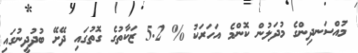
މުއްސަނދިންގެ މުދަލުން ކޮންމެ އަހަރަކު % 5.2 ޒަކާތުގެ ގޮތުގައި ދޭށޭ ބުދުދީނުގައި